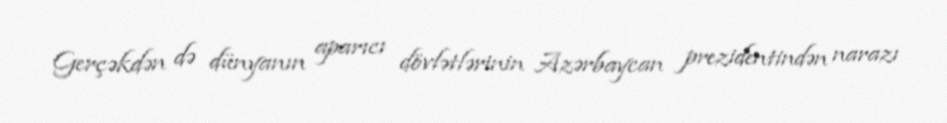
Gerçəkdən də dünyanın aparıcı dövlətlərinin Azərbaycan prezidentindən narazı